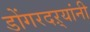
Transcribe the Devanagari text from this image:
डोंगरदऱ्यांनी